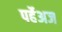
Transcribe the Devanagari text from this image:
पर्हेअज